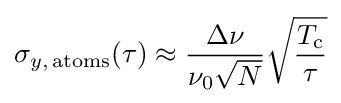
\sigma _{y,\,{\rm {atoms}}}(\tau )\approx {\frac {\Delta \nu }{\nu _{0}{\sqrt {N}}}}{\sqrt {\frac {T_{\text{c}}}{\tau }}}